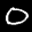
Label: 0